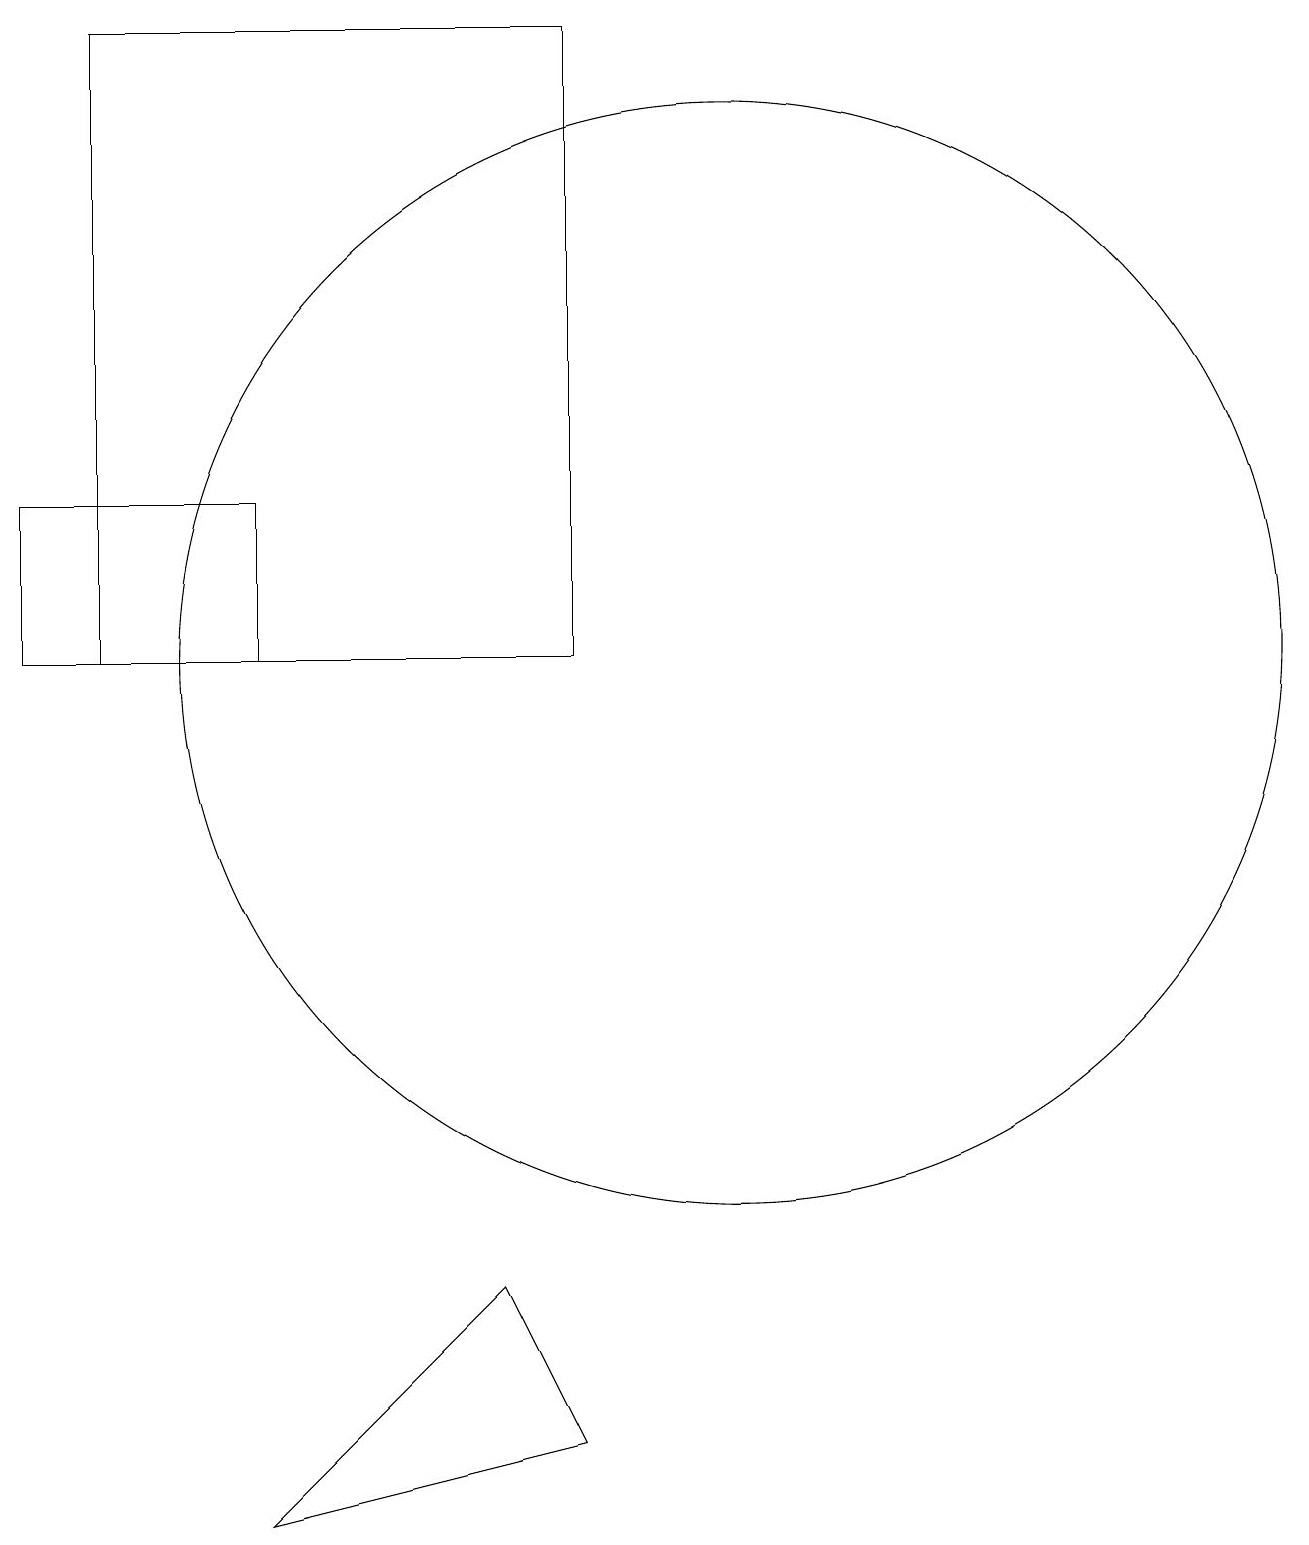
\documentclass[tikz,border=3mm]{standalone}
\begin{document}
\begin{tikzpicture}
\draw (2,11) rectangle (8,19);
\draw (10,11) circle (7);
\draw (1,11) rectangle (4,13);
\draw (7,3) -- (8,1) -- (4,0) -- cycle;
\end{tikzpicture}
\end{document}